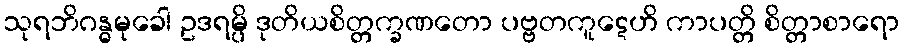
သုရဘိဂန္ဓမုခေါ ဥဒရမ္ပိ ဒုတိယစိတ္တက္ခဏတော ပဗ္ဗတကူဋေဟိ ကာပတ္တိ စိတ္တာစာရော